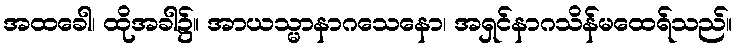
အထခေါ၊ ထိုအခါ၌။ အာယသ္မာနာဂသေနော၊ အရှင်နာဂသိန်မထေရ်သည်။